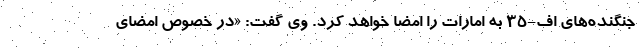
جنگنده‌های اف-35 به امارات را امضا خواهد کرد. وی گفت: «در خصوص امضای